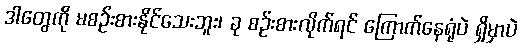
ဒါတွေကို မစဉ်းစားနိုင်သေးဘူး၊ ခု စဉ်းစားလိုက်ရင် ကြောက်နေရုံပဲ ရှိမှာပဲ